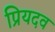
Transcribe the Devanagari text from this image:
प्रियदव